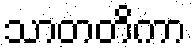
သာတတိကာ